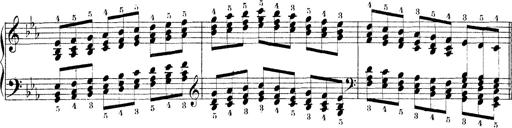
Title: Technische Studien
Composer: Franz Liszt